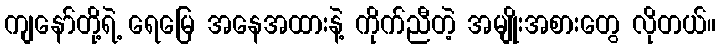
ကျနော်တို့ရဲ့ ရေမြေ အနေအထားနဲ့ ကိုက်ညီတဲ့ အမျိုးအစားတွေ လိုတယ်။